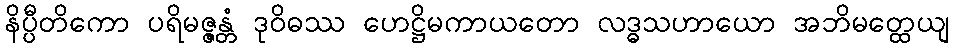
နိပ္ပီတိကော ပရိမဇ္ဇန္တံ ဒုဝိဓဿ ဟေဋ္ဌိမကာယတော လဒ္ဓသဟာယော အဘိမတ္ထေယျ